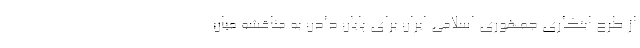
از طرح ابتکاری جمهوری اسلامی ایران برای پایان دادن به مناقشه میان